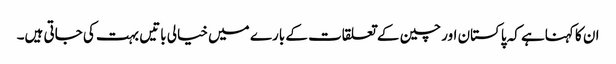
ان کا کہناہے کہ پاکستان اور چین کے تعلقات کے بارے میں خیالی باتیں بہت کی جاتی ہیں۔